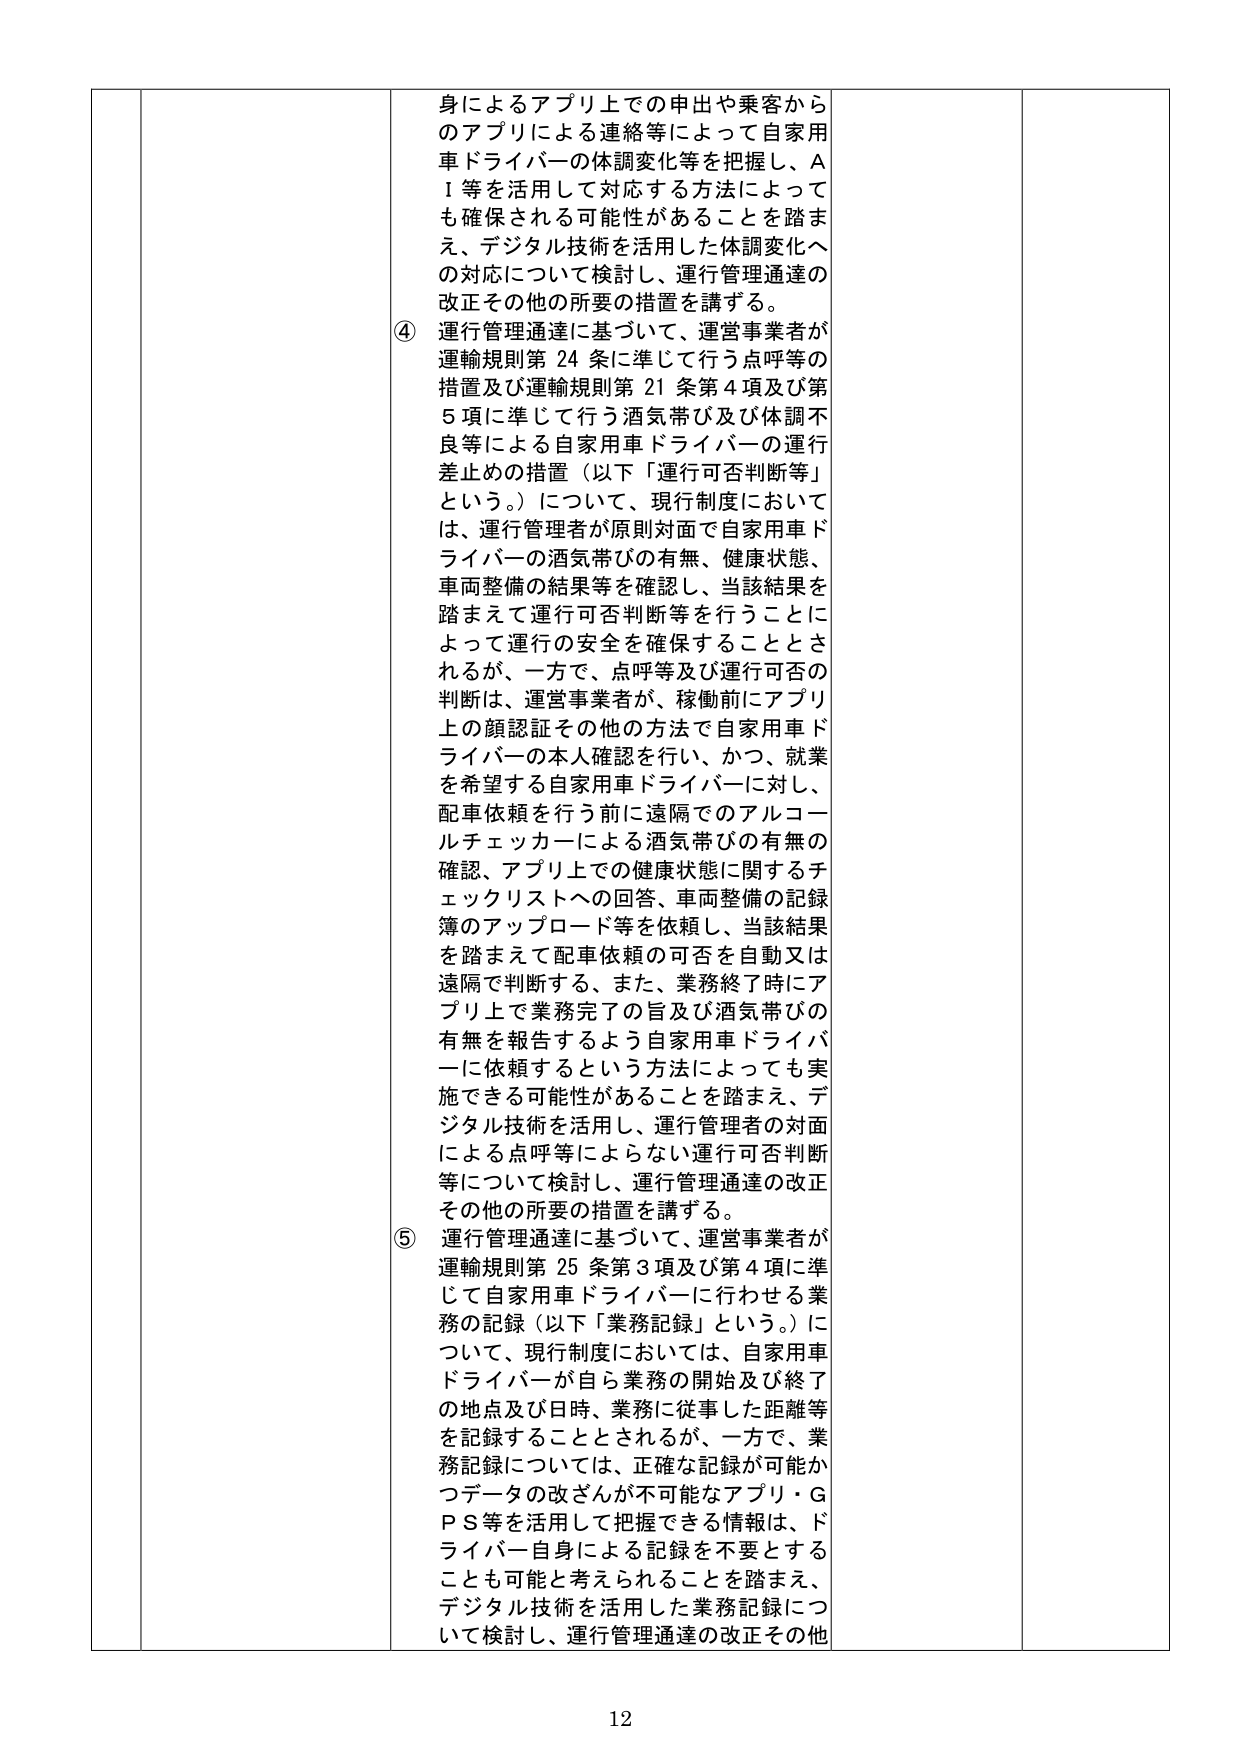
身によるアプリ上での申出や乗客からのアプリによる連絡等によって自家用車ドライバーの体調変化等を把握し、AI等を活用して対応する方法によっても確保される可能性があることを踏まえ、デジタル技術を活用した体調変化への対応について検討し、運行管理通達の改正その他の所要の措置を講ずる。

④ 運行管理通達に基づいて、運営事業者が運輸規則第24条に準じて行う点呼等の措置及び運輸規則第21条第4項及び第5項に準じて行う酒気帯び及び体調不良等による自家用車ドライバーの運行差止めの措置（以下「運行可否判断等」という。）について、現行制度においては、運行管理者が原則対面で自家用車ドライバーの酒気帯びの有無、健康状態、車両整備の結果等を確認し、当該結果を踏まえて運行可否判断等を行うことによって運行の安全を確保することとされるが、一方で、点呼等及び運行可否の判断は、運営事業者が、稼働前にアプリ上の顔認証その他の方法で自家用車ドライバーの本人確認を行い、かつ、就業を希望する自家用車ドライバーに対し、配車依頼を行う前に遠隔でのアルコールチェッカーによる酒気帯びの有無の確認、アプリ上での健康状態に関するチェックリストへの回答、車両整備の記録簿のアップロード等を依頼し、当該結果を踏まえて配車依頼の可否を自動又は遠隔で判断する、また、業務終了時にアプリ上で業務完了の旨及び酒気帯びの有無を報告するよう自家用車ドライバーに依頼するという方法によっても実施できる可能性があることを踏まえ、デジタル技術を活用し、運行管理者の対面による点呼等によらない運行可否判断等について検討し、運行管理通達の改正その他の所要の措置を講ずる。

⑤ 運行管理通達に基づいて、運営事業者が運輸規則第25条第3項及び第4項に準じて自家用車ドライバーに行わせる業務の記録（以下「業務記録」という。）について、現行制度においては、自家用車ドライバーが自ら業務の開始及び終了の地点及び日時、業務に従事した距離等を記録することとされるが、一方で、業務記録については、正確な記録が可能かつデータの改ざんが不可能なアプリ・GPS等を活用して把握できる情報は、ドライバー自身による記録を不要とすることも可能と考えられることを踏まえ、デジタル技術を活用した業務記録について検討し、運行管理通達の改正その他

12